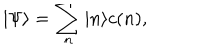
| \Psi \rangle = \sum _ { n } | n \rangle c ( n ) ,